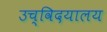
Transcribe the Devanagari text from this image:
उच्विदयालय